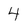
Character: 4